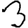
Digit: 3